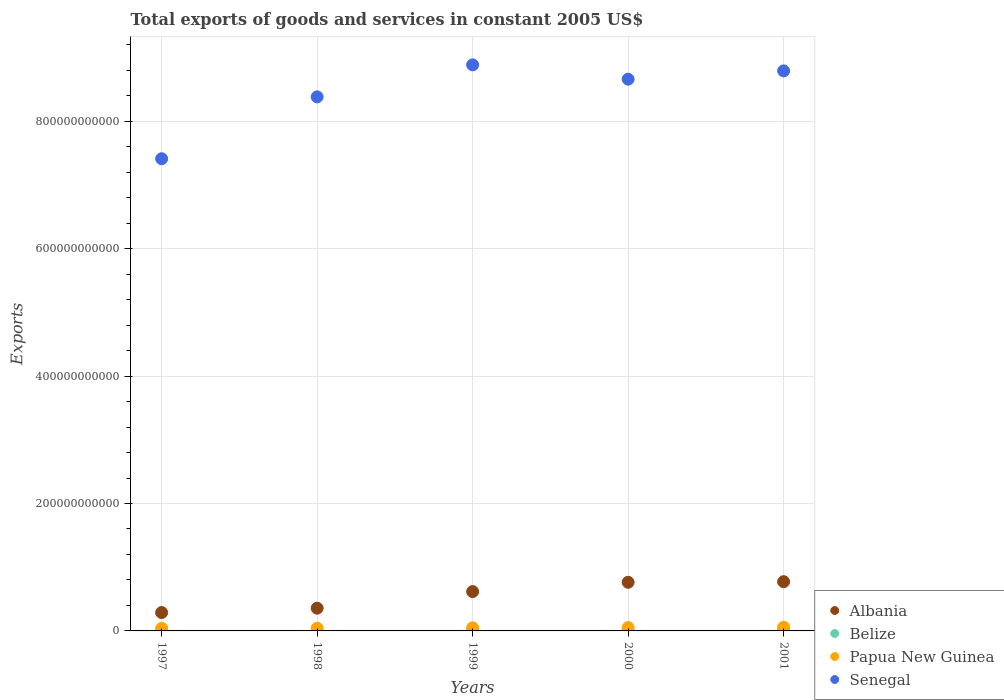
| Years | Albania | Belize | Papua New Guinea | Senegal |
 | --- | --- | --- | --- | --- |
 | 1997 | 2.88e+10 | 6.83e+08 | 3.99e+09 | 7.41e+11 |
 | 1998 | 3.57e+10 | 7.17e+08 | 4.22e+09 | 8.38e+11 |
 | 1999 | 6.18e+10 | 8.11e+08 | 4.88e+09 | 8.89e+11 |
 | 2000 | 7.63e+10 | 8.82e+08 | 5.23e+09 | 8.66e+11 |
 | 2001 | 7.73e+10 | 9.25e+08 | 5.78e+09 | 8.79e+11 |